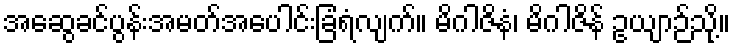
အဆွေခင်ပွန်းအမတ်အပေါင်းခြံရံလျက်။ မိဂါဇိနံ၊ မိဂါဇိန် ဥယျာဉ်သို့။